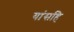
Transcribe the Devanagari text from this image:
यांसहि